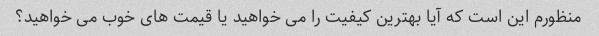
منظورم این است که آیا بهترین کیفیت را می خواهید یا قیمت های خوب می خواهید؟